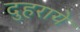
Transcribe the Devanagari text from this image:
दुहराये